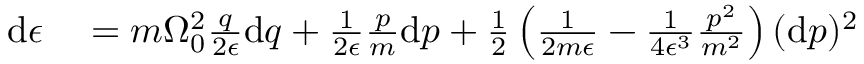
\begin{array} { r l } { \mathrm { d } \epsilon } & { { } = m \Omega _ { 0 } ^ { 2 } \frac { q } { 2 \epsilon } \mathrm { d } q + \frac { 1 } { 2 \epsilon } \frac { p } { m } \mathrm { d } p + \frac { 1 } { 2 } \left( \frac { 1 } { 2 m \epsilon } - \frac { 1 } { 4 \epsilon ^ { 3 } } \frac { p ^ { 2 } } { m ^ { 2 } } \right) ( \mathrm { d } p ) ^ { 2 } } \end{array}